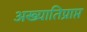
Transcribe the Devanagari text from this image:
अख्यातिप्राप्त